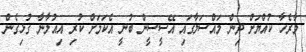
މާރެހާ ކުއްޔަށް ދިން މައްސަލާގައި އޭސީސީން ބުނީ އެކަމަށް ކުރި އިއުލާނާ ގުޅިގެން